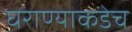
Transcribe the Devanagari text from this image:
घराण्याकडेच